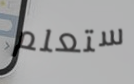
ستعلم